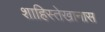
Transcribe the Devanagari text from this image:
शाहिस्तेखानास